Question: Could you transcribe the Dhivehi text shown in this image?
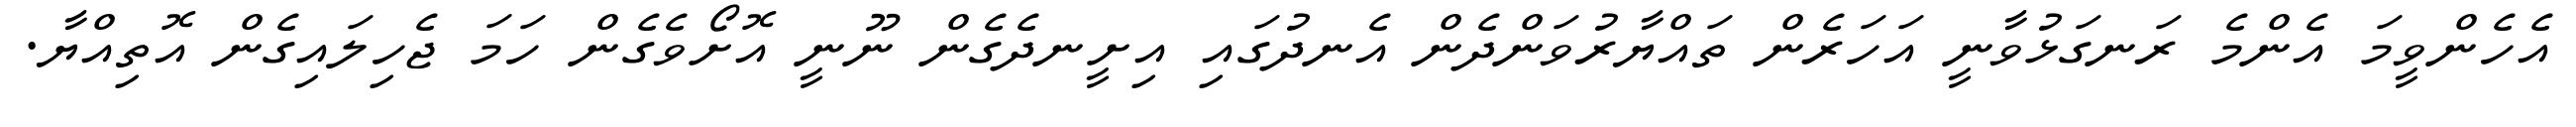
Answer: އެހެންވީމަ އެންމެ ރަނގަޅުވާނީ އަހަރެން ތައްޔާރުވަންދެން އެނދުގައި އިށީނދެގެން ނޫނީ އޮށޯވެގެން ހަމަ ޖެހިލައިގެން އޮތިއްޔާ.